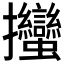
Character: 𢺳